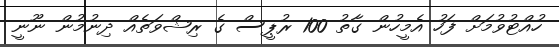
ހުއްޓުވުމަށް ފަހު އެމީހުން ގާތު 100 ރުޕީސް ގެ ރިޝްވަތެއް ދިނުމުން ނޫނީ